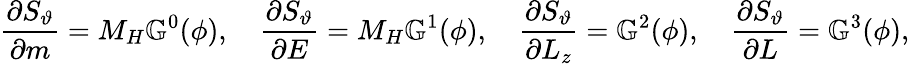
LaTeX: \frac{\partial S_{\vartheta}}{\partial m}=M_{H}\mathbb{G}^{0}(\phi),\quad\frac{\partial S_{\vartheta}}{\partial E}=M_{H}\mathbb{G}^{1}(\phi),\quad\frac{\partial S_{\vartheta}}{\partial L_{z}}=\mathbb{G}^{2}(\phi),\quad\frac{\partial S_{\vartheta}}{\partial L}=\mathbb{G}^{3}(\phi),